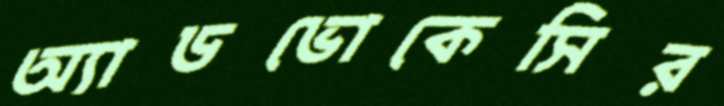
অ্যাডভোকেসির